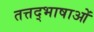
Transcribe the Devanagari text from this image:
तत्तद्भाषाओं